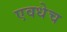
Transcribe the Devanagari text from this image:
एवधेच